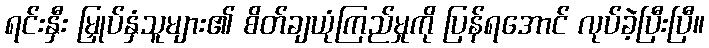
ရင်းနှီး မြှုပ်နှံသူများ၏ စိတ်ချယုံကြည်မှုကို ပြန်ရအောင် လုပ်ခဲ့ပြီးပြီ။